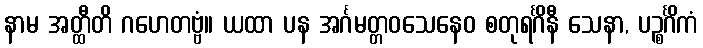
နာမ အတ္ထီတိ ဂဟေတဗ္ဗံ။ ယထာ ပန အင်္ဂမတ္တဝသေနေဝ စတုရင်္ဂိနီ သေနာ, ပဉ္စင်္ဂိကံ